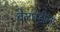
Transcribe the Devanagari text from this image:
बेलधडीला